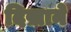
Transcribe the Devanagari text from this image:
दिख़ाने